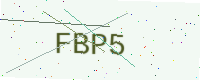
Text: FBP5